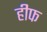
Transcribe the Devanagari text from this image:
हीफ